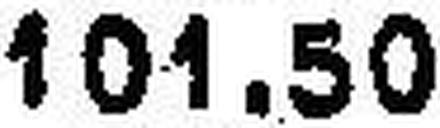
101.50